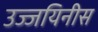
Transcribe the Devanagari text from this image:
उज्जयिनीस